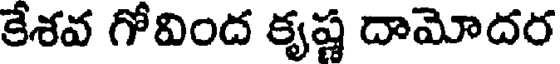
కేశవ గోవింద కృష్ణ దామోదర